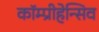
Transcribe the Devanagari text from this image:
कॉम्प्रीहेन्सिव